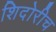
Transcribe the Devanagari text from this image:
शिदोरीच